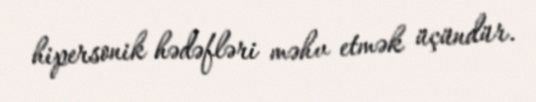
hipersonik hədəfləri məhv etmək üçündür.